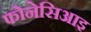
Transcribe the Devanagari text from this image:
फोनेसिआइ